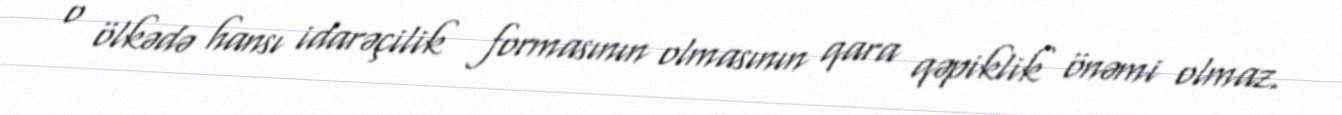
o ölkədə hansı idarəçilik formasının olmasının qara qəpiklik önəmi olmaz.